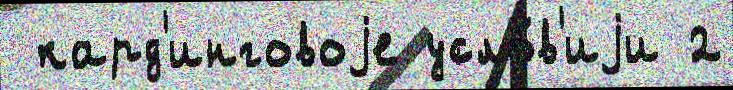
 кард'инговоjе усло́в'иjи 2